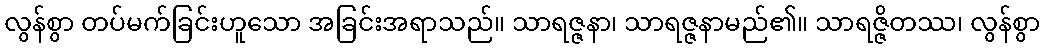
လွန်စွာ တပ်မက်ခြင်းဟူသော အခြင်းအရာသည်။ သာရဇ္ဇနာ၊ သာရဇ္ဇနာမည်၏။ သာရဇ္ဇိတဿ၊ လွန်စွာ